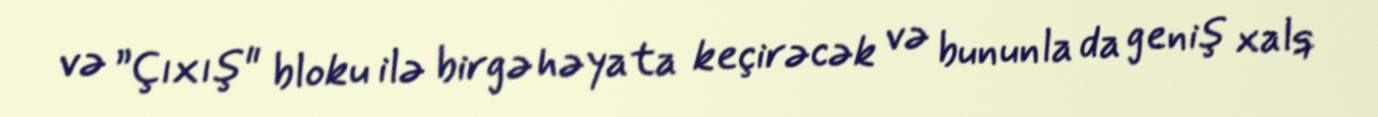
və ”Çıxış" bloku ilə birgə həyata keçirəcək və bununla da geniş xalq